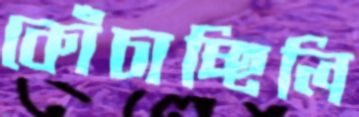
কোঁচাচ্ছিলি